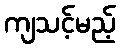
ကျသင့်မည့်